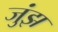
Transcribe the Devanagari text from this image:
जुंझ